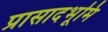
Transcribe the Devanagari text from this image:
प्रासादभूमि